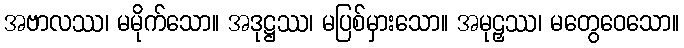
အဗာလဿ၊ မမိုက်သော။ အဒုဋ္ဌဿ၊ မပြစ်မှားသော။ အမုဠှဿ၊ မတွေဝေသော။